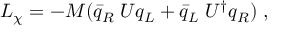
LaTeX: { \cal { L } } _ { \chi } = - M ( \bar { q } _ { R } \; U q _ { L } + \bar { q } _ { L } \; U ^ { \dagger } q _ { R } ) \; ,